Vaccination United Provinces of Agra and Oudh 1923-1928 - 1923-1928
Year: 1923
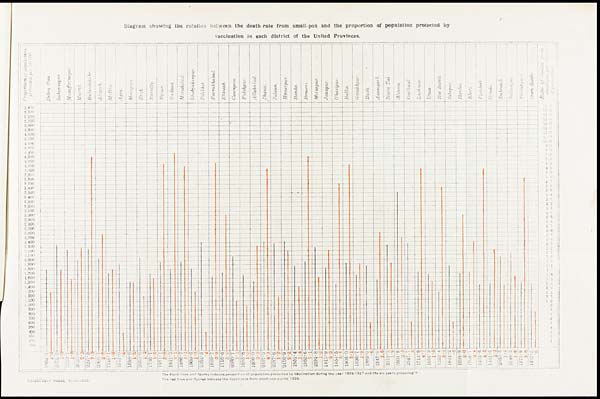
Diagram showing the relation between the death-rate from small-pox and the proportion of population protected by
vaccination in each district of the United Provinces.
GOVERNMENT
PRESS,
ALLAHABAD.
The black lines and figures indicate proportion of population protected by vaccination during the year 1926-1927 and the six years preceding it:
The red lines and figures Indicate the death-rate from small-pox during 1926.